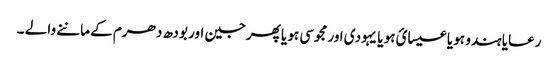
رعایا ہندو ہو یا عیسائ ہو یا یہودی اور مجوسی ہو یا پھرجین اور بودھ دھرم کے ماننے والے ۔